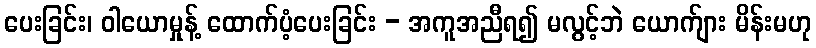
ပေးခြင်း၊ ဝါယောမှုန့် ထောက်ပံ့ပေးခြင်း - အကူအညီရ၍ မလွင့်ဘဲ ယောက်ျား မိန်းမဟု